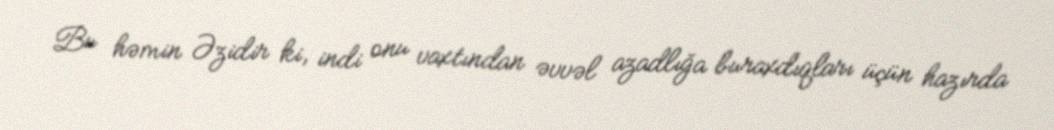
Bu həmin Əzidir ki, indi onu vaxtından əvvəl azadlığa buraxdıqları üçün hazırda